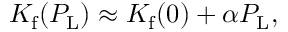
K _ { \mathrm { f } } ( P _ { \mathrm { L } } ) \approx K _ { \mathrm { f } } ( 0 ) + \alpha P _ { \mathrm { L } } ,